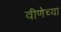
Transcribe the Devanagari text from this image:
वीणेच्या